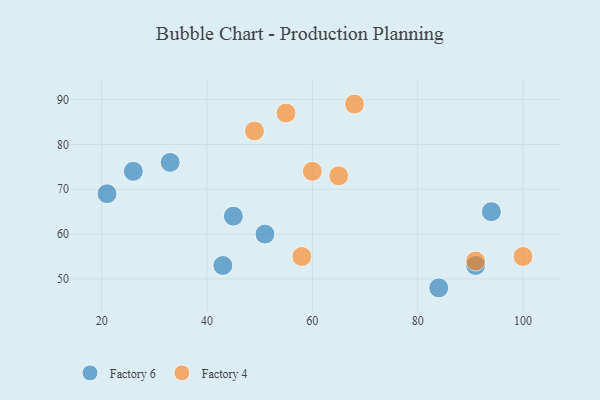
{"axis": {"x": "GDP", "y": "Life Expectancy"}, "legend": ["Factory 4", "Factory 6"], "data": [{"x": "26", "y": 74, "type": "Factory 6"}, {"x": "94", "y": 65, "type": "Factory 6"}, {"x": "43", "y": 53, "type": "Factory 6"}, {"x": "45", "y": 64, "type": "Factory 6"}, {"x": "51", "y": 60, "type": "Factory 6"}, {"x": "91", "y": 53, "type": "Factory 6"}, {"x": "33", "y": 76, "type": "Factory 6"}, {"x": "21", "y": 69, "type": "Factory 6"}, {"x": "84", "y": 48, "type": "Factory 6"}, {"x": "100", "y": 55, "type": "Factory 4"}, {"x": "68", "y": 89, "type": "Factory 4"}, {"x": "65", "y": 73, "type": "Factory 4"}, {"x": "49", "y": 83, "type": "Factory 4"}, {"x": "58", "y": 55, "type": "Factory 4"}, {"x": "60", "y": 74, "type": "Factory 4"}, {"x": "55", "y": 87, "type": "Factory 4"}, {"x": "91", "y": 54, "type": "Factory 4"}]}